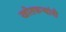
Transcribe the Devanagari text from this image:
खोतकर्‍यांनी